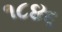
૧૮૪૬